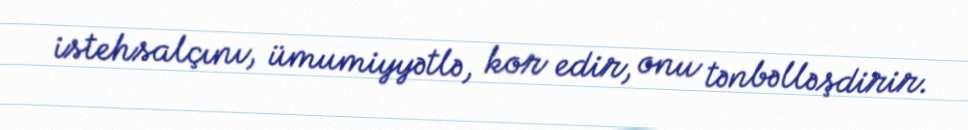
istehsalçını, ümumiyyətlə, kor edir, onu tənbəlləşdirir.